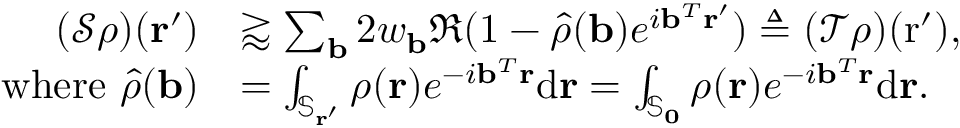
\begin{array} { r l } { ( \mathcal { S } \rho ) ( \mathbf { r } ^ { \prime } ) } & { \gtrapprox \sum _ { \mathbf { b } } 2 w _ { \mathbf { b } } \Re ( 1 - \hat { \rho } ( \mathbf { b } ) e ^ { i \mathbf { b } ^ { T } \mathbf { r } ^ { \prime } } ) \triangleq ( \mathcal { T } \rho ) ( \mathrm { r } ^ { \prime } ) , } \\ { \mathrm { w h e r e ~ } \hat { \rho } ( \mathbf { b } ) } & { = \int _ { \mathbb { S } _ { \mathbf { r } ^ { \prime } } } \rho ( \mathbf { r } ) e ^ { - i \mathbf { b } ^ { T } \mathbf { r } } \mathrm { d } \mathbf { r } = \int _ { \mathbb { S } _ { \mathbf { 0 } } } \rho ( \mathbf { r } ) e ^ { - i \mathbf { b } ^ { T } \mathbf { r } } \mathrm { d } \mathbf { r } . } \end{array}